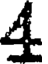
4